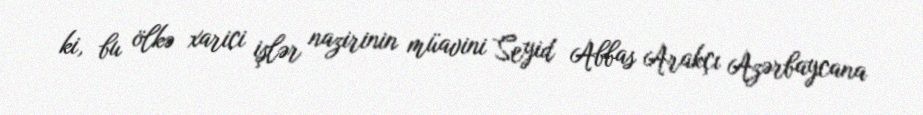
ki, bu ölkə xarici işlər nazirinin müavini Seyid Abbas Arakçı Azərbaycana